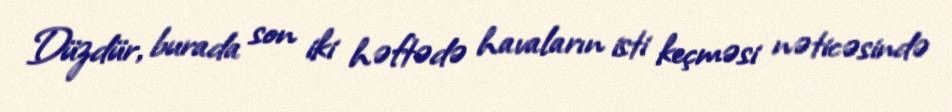
Düzdür, burada son iki həftədə havaların isti keçməsi nəticəsində